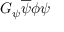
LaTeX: G _ { \psi } { \overline { { \psi } } } \phi \psi